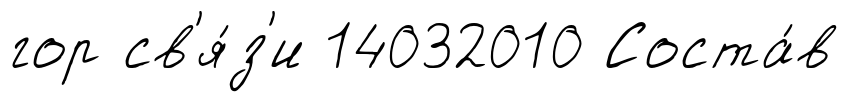
гор св'я́з'и 14032010 Соста́в